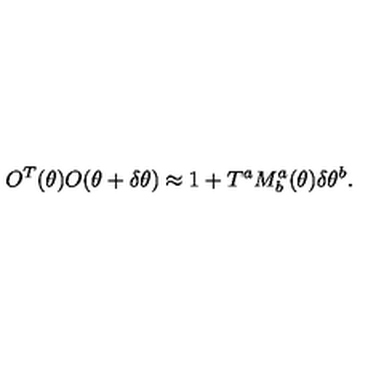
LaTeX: O ^ { T } ( \theta ) O ( \theta + \delta \theta ) \approx 1 + T ^ { a } M _ { b } ^ { a } ( \theta ) \delta \theta ^ { b } .